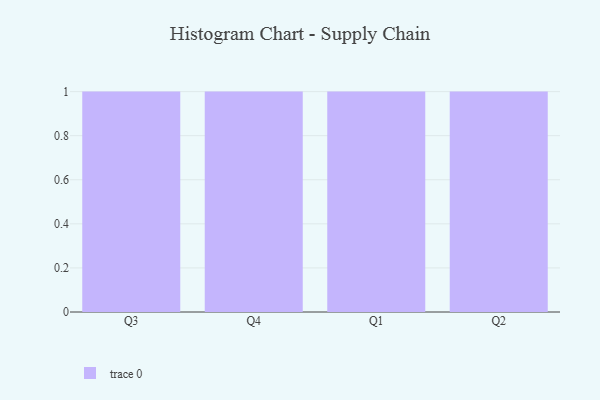
{"axis": {"x": "Quarter", "y": "Shipments"}, "legend": [""], "data": [{"x": "Q3", "y": 93, "type": ""}, {"x": "Q4", "y": 12, "type": ""}, {"x": "Q1", "y": 36, "type": ""}, {"x": "Q2", "y": 77, "type": ""}]}